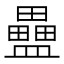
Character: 𥃇